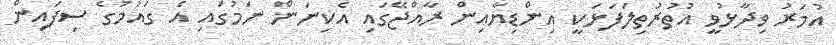
އުމަރު ވިދާޅުވީ އުތުރުތިލަފަޅަކީ އިންޑިޔާއިން ރާއްޖޭގައި އެކިނަން ނަމުގައި އެ ގައުމުގެ ސިފައިން